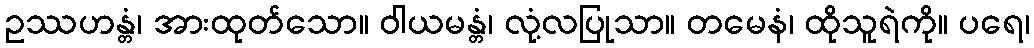
ဥဿဟန္တံ၊ အားထုတ်သော။ ဝါယမန္တံ၊ လုံ့လပြုသာ။ တမေနံ၊ ထိုသူရဲကို။ ပရေ၊